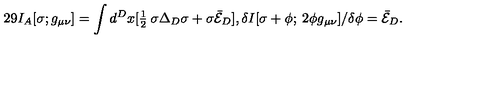
2 9 I _ { A } [ \sigma ; g _ { \mu \nu } ] = \int d ^ { D } x [ \textstyle { \frac { 1 } { 2 } } \: \sigma \Delta _ { D } \sigma + \sigma \bar { { \cal E } } _ { D } ] , \delta I [ \sigma + \phi ; \: 2 \phi g _ { \mu \nu } ] / \delta \phi = \bar { \cal E } _ { D } .